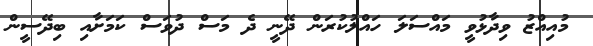
މުއިއްޒު ވިދާޅުވީ މައްސަލަ ހައްލުކުރަން ދޭނީ ދެ މަސް ދުވަސް ކަމަށާއި ބިދޭސީން